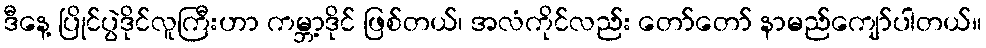
ဒီနေ့ ပြိုင်ပွဲဒိုင်လူကြီးဟာ ကမ္ဘာ့ဒိုင် ဖြစ်တယ်၊ အလံကိုင်လည်း တော်တော် နာမည်ကျော်ပါတယ်။